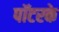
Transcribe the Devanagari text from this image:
पॉटरके